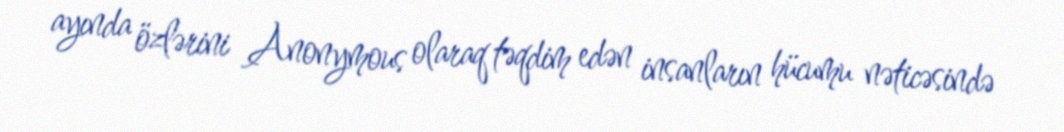
ayında özlərini Anonymous olaraq təqdim edən insanların hücumu nəticəsində